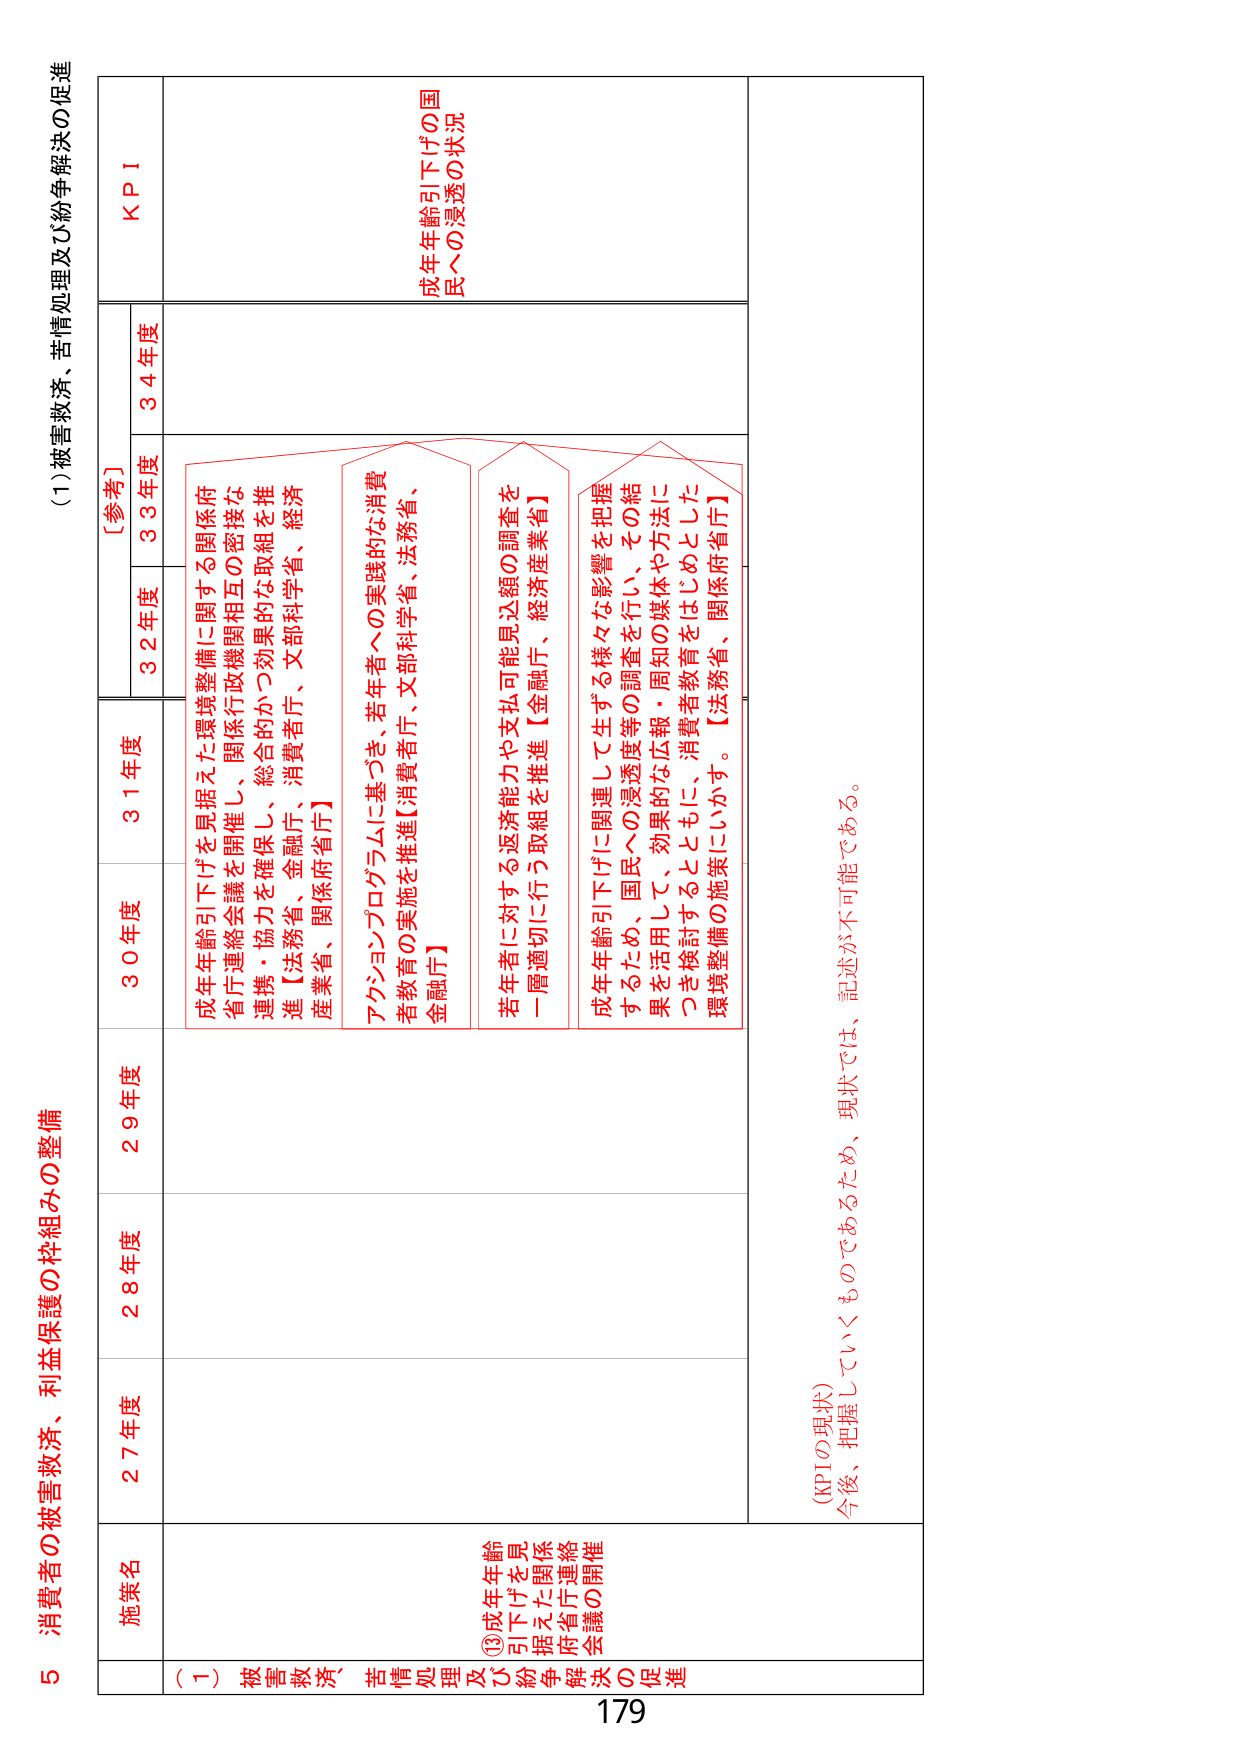
5 消費者の被害救済、利益保護の枠組みの整備

(1) 被害救済、苦情処理及び紛争解決の促進

施策名
27年度
28年度
29年度
30年度
31年度
32年度
33年度
34年度
KPI

(一) 被害救済、苦情処理及び紛争解決の促進

⑬成年年齢引下げを具現化した関係府省庁連絡会議の開催

成年年齢引下げを具現化した環境整備に関する関係府省庁連絡会議を開催し、関係行政機関相互の密接な連携・協力を確保し、総合的かつ効果的な取組を推進【法務省、金融庁、消費者庁、文部科学省、経済産業省、関係府省庁】

アクションプログラムに基づき、若年者への実践的な消費者教育の実施を推進【消費者庁、文部科学省、法務省、金融庁】

若年者に対する返済能力や支払可能見込額の調査を一層適切に行う取組を推進【金融庁、経済産業省】

成年年齢引下げに関連して生ずる様々な影響を把握するため、国民への浸透度等の調査を行い、その結果を活用して、効果的な広報・周知の媒体や方法につき検討するとともに、消費者教育をはじめとした環境整備の施策にいかす。【法務省、関係府省庁】

成年年齢引下げの国民への浸透の状況

(KPIの現状)
今後、把握していくものであるため、現状では、記述が不可能である。

179